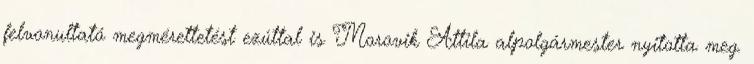
felvonultató megmérettetést ezúttal is Morovik Attila alpolgármester nyitotta meg.